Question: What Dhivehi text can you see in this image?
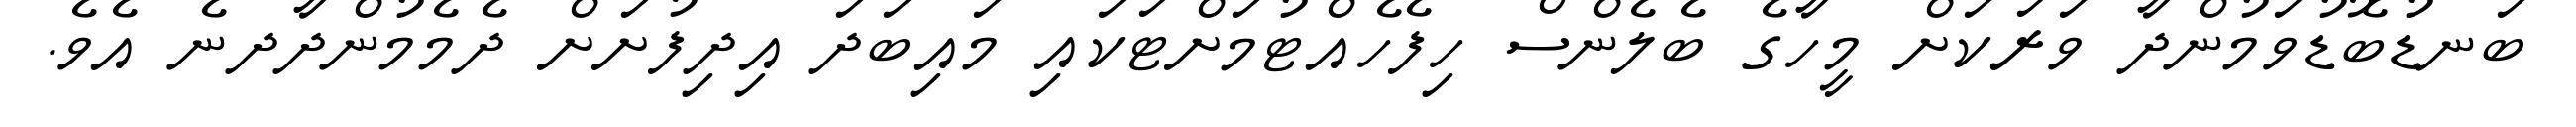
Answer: ބަނޑުބޮޑުވަމުންދާ ވަރަކަށް މީހާގެ ބެލެންސް ހިފެހެއްޓުމަށްޓަކައި މައިބަދަ އިދިފުށަށް ދެމެމުންދާދނެ އެވެ.